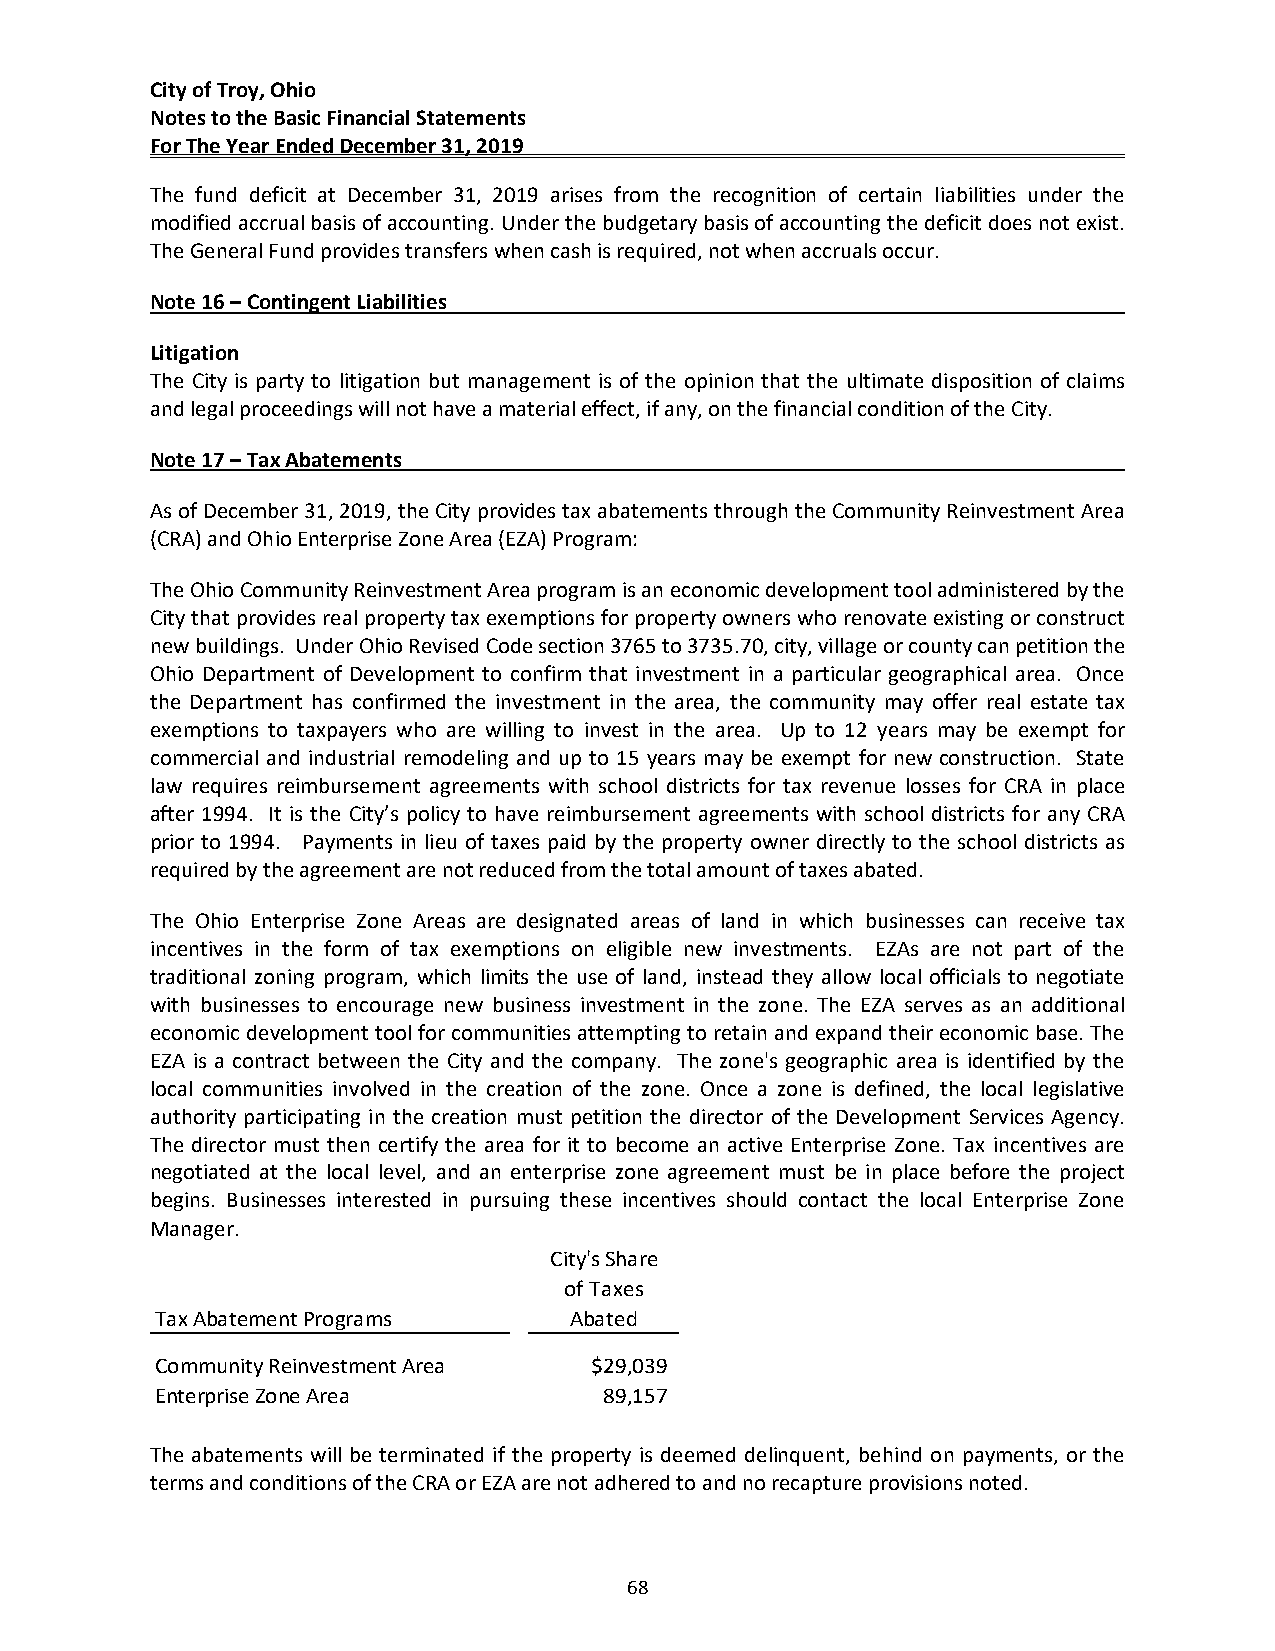
City of Troy, Ohio
 Notes to the Basic Financial Statements
 For The Year Ended December 31, 2019
 The fund deficit at December 31, 2019 arises from the recognition of certain liabilities under the
 modified accrual basis of accounting. Under the budgetary basis of accounting the deficit does not exist.
 The General Fund provides transfers when cash is required, not when accruals occur.
 Note 16 – Contingent Liabilities
 Litigation
 The City is party to litigation but management is of the opinion that the ultimate disposition of claims
 and legal proceedings will not have a material effect, if any, on the financial condition of the City.
 Note 17 – Tax Abatements
 As of December 31, 2019, the City provides tax abatements through the Community Reinvestment Area
 (CRA) and Ohio Enterprise Zone Area (EZA) Program:
 The Ohio Community Reinvestment Area program is an economic development tool administered by the
 City that provides real property tax exemptions for property owners who renovate existing or construct
 new buildings. Under Ohio Revised Code section 3765 to 3735.70, city, village or county can petition the
 Ohio Department of Development to confirm that investment in a particular geographical area. Once
 the Department has confirmed the investment in the area, the community may offer real estate tax
 exemptions to taxpayers who are willing to invest in the area. Up to 12 years may be exempt for
 commercial and industrial remodeling and up to 15 years may be exempt for new construction. State
 law requires reimbursement agreements with school districts for tax revenue losses for CRA in place
 after 1994. It is the City’s policy to have reimbursement agreements with school districts for any CRA
 prior to 1994. Payments in lieu of taxes paid by the property owner directly to the school districts as
 required by the agreement are not reduced from the total amount of taxes abated.
 The Ohio Enterprise Zone Areas are designated areas of land in which businesses can receive tax
 incentives in the form of tax exemptions on eligible new investments. EZAs are not part of the
 traditional zoning program, which limits the use of land, instead they allow local officials to negotiate
 with businesses to encourage new business investment in the zone. The EZA serves as an additional
 economic development tool for communities attempting to retain and expand their economic base. The
 EZA is a contract between the City and the company. The zone's geographic area is identified by the
 local communities involved in the creation of the zone. Once a zone is defined, the local legislative
 authority participating in the creation must petition the director of the Development Services Agency.
 The director must then certify the area for it to become an active Enterprise Zone. Tax incentives are
 negotiated at the local level, and an enterprise zone agreement must be in place before the project
 begins. Businesses interested in pursuing these incentives should contact the local Enterprise Zone
 Manager.
 City's Share
 of Taxes
 Tax Abatement Programs      Abated
 Community Reinvestment Area  $29,039
 Enterprise Zone Area          89,157
 The abatements will be terminated if the property is deemed delinquent, behind on payments, or the
 terms and conditions of the CRA or EZA are not adhered to and no recapture provisions noted.
 68